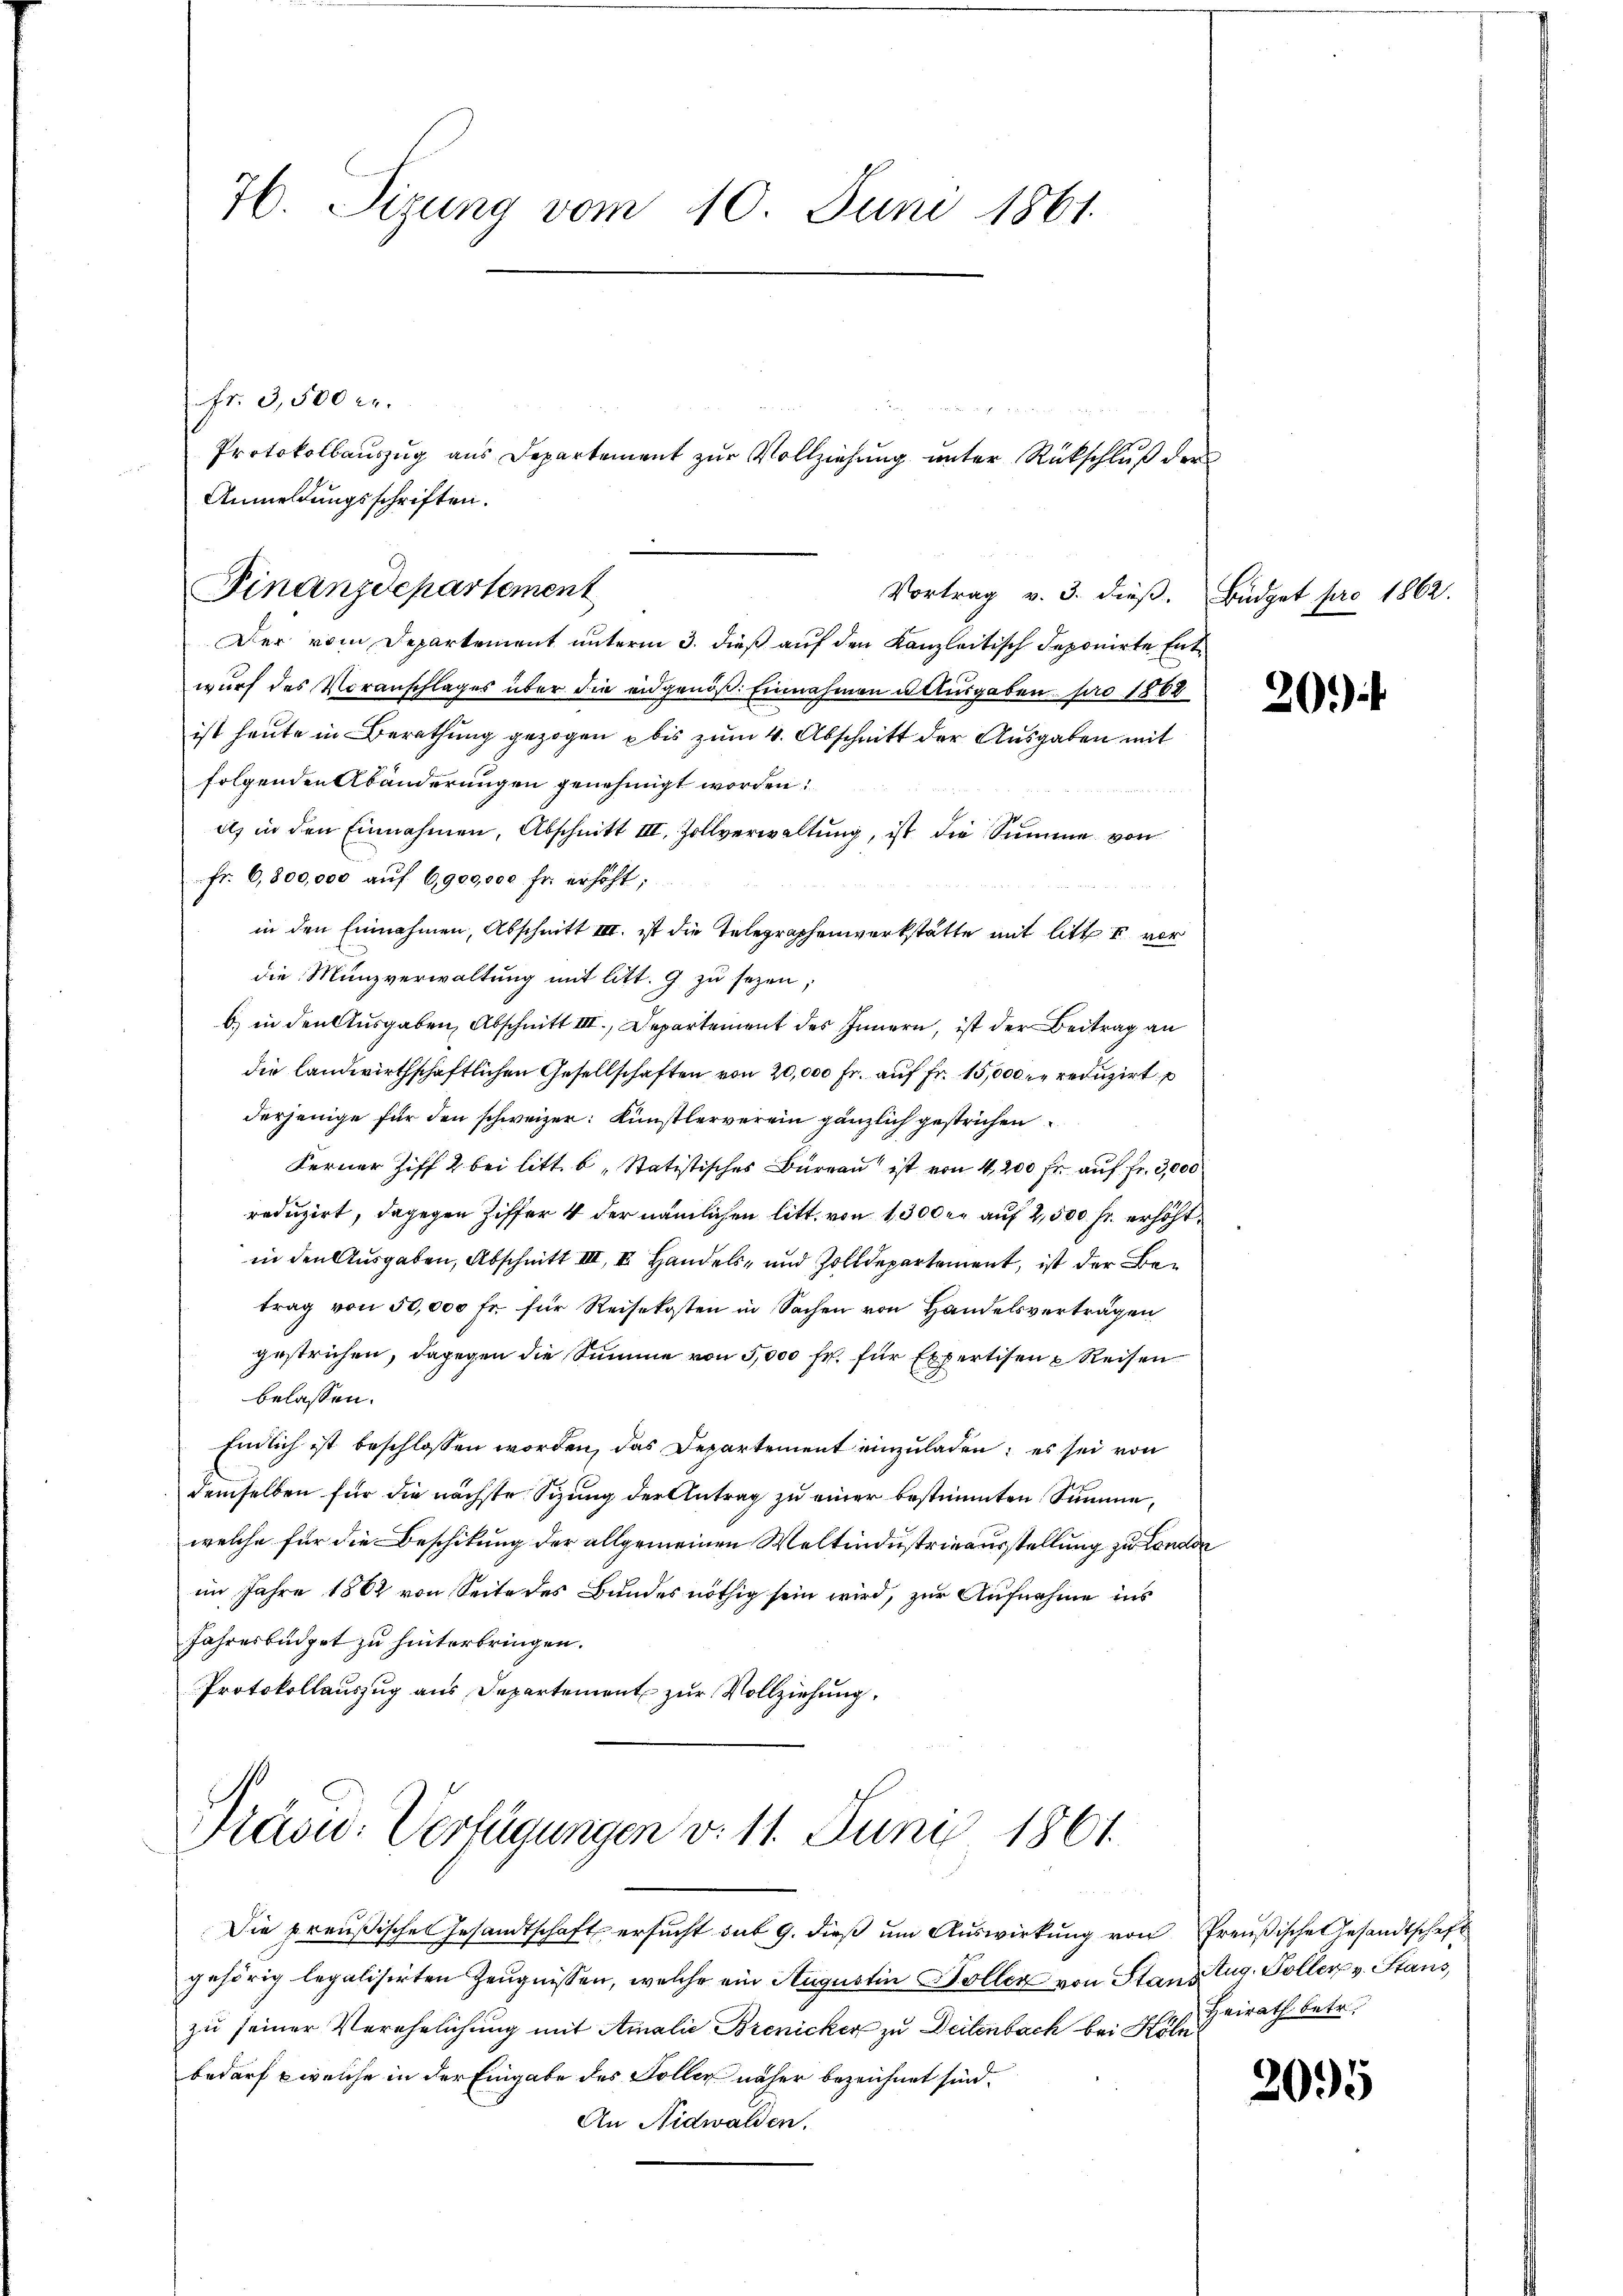
H. Sizung vom 10. Juni 1861.

Vortrag v. 3. dieß.
Der vom Departement unterm 3. dieß auf den Kanzleitisch deponirte Entwurf des Voranschlages über die eidgenöß. Einnahmen u. Ausgaben pro 1862
ist heute in Berathung gezogen bis zum 4. Abschnitt der Ausgaben mit
folgenden Abänderungen genehmigt worden.
et in den Einnahmen, Abschnitt III. Zollverwaltung, ist die Summe von
Fr. 6,800,000 auf 6,900,000 Fr. erhöht;
in den Einnahmen, Abschnitt III. ist die Telegraphenwerkstätte mit litt u vor
die Münzverwaltung mit litt. 9 zu sezen;
b) in den Ausgaben, Abschnitt III. Departement des Innern, ist der Beitrag an
die landwirthschaftlichen Gesellschaften von 20,000 Fr. auf Fr. 15,000 r. reduzirt
derjenige für den schweizer: Künstlerverein gänzlich gestrichen
Ferner Ziff. 2 bei litt. b „Statistisches Bureau ist von 4,200 fr. auf Fr. 3,000
reduzirt, dagegen Ziffer 4 der nämlichen litt. von 1300 er auf 2,500 Fr. erhöht.
in den Ausgaben, Abschnitt III, II. Handels- und Zolldepartement, ist der Betrag von 50,000 fr. für Reisekosten in Sachen von Handelsverträgen
gestrichen, dagegen die Summe von 5,000 fr. für Expertisen u Reisen
belassen.
Endlich ist beschlossen worden, das Departement einzuladen; es sei von
demselben für die nächste Sizung der Antrag zu einer bestimmten Summe,
welche für die Beschikung der allgemeinen Weltindustrieausstellung zu London
im Jahre 1862 von Seite des Bundes nöthig sein wird, zur Aufnahme ins
Jahresbüdget zu hinterbringen.
Protokollauszug aus Departement zur Vollziehung,

Fr. 3,500 r.
Anmeldungsschriften.

Finanzdepartement

Protokollauszug aus Departement zur Vollziehung unter Rückschluß der

Die preußischen Gesandtschaft ersucht sub 9. dieß um Auswirkung von Preußische Gesandtschaft
gehörig legalisirten Zeugnissen, welche ein Augustin Doller von Stand Zug. Soller v. Stans
zu seiner Verehelichung mit Amalie Brenicker zu Deitenbach bei heirath betr.
bedarf welche in der Eingabe des Soller näher bezeichnet sind.
An Nidwalden.

Präsid. Verfügungen v. 11. Juni 1861.

Büdget pro 1862.
E

20)

2095